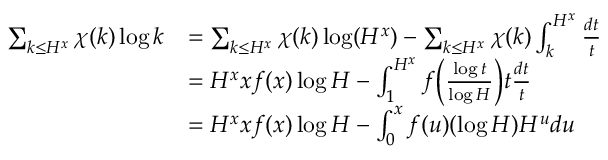
\begin{array} { r l } { \sum _ { k \le H ^ { x } } \chi ( k ) \log k } & { = \sum _ { k \le H ^ { x } } \chi ( k ) \log ( H ^ { x } ) - \sum _ { k \le H ^ { x } } \chi ( k ) \int _ { k } ^ { H ^ { x } } \frac { d t } { t } } \\ & { = H ^ { x } x f ( x ) \log H - \int _ { 1 } ^ { H ^ { x } } f \Bigl ( \frac { \log t } { \log H } \Bigr ) t \frac { d t } { t } } \\ & { = H ^ { x } x f ( x ) \log H - \int _ { 0 } ^ { x } f ( u ) ( \log H ) H ^ { u } d u } \end{array}